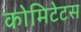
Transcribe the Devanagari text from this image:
कोमिटेटस